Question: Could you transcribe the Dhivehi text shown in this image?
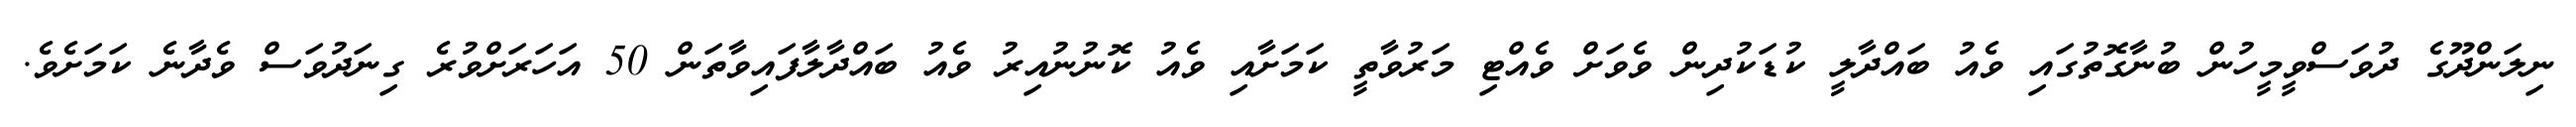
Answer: ނިލަންދޫގެ ދުވަސްވީމީހުން ބުނާގޮތުގައި ވެއު ބައްދާލީ ކުޑަކުދިން ވެވަށް ވެއްޓި މަރުވާތީ ކަމަށާއި ވެއު ކޮނުނުއިރު ވެއު ބައްދާލާފައިވާތަން 50 އަހަރަށްވުރެ ގިނަދުވަސް ވެދާނެ ކަމަށެވެ.